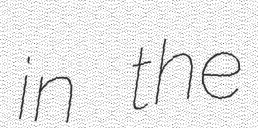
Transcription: in the